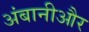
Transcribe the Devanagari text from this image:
अंबानीऔर